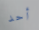
أحد